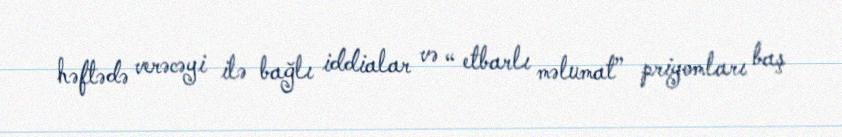
həftədə verəcəyi ilə bağlı iddialar və “ etbarlı məlumat” priyomları baş